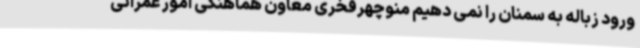
ورود زباله به سمنان را نمی دهیم منوچهرفخری معاون هماهنگی امور عمرانی